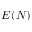
E ( N )